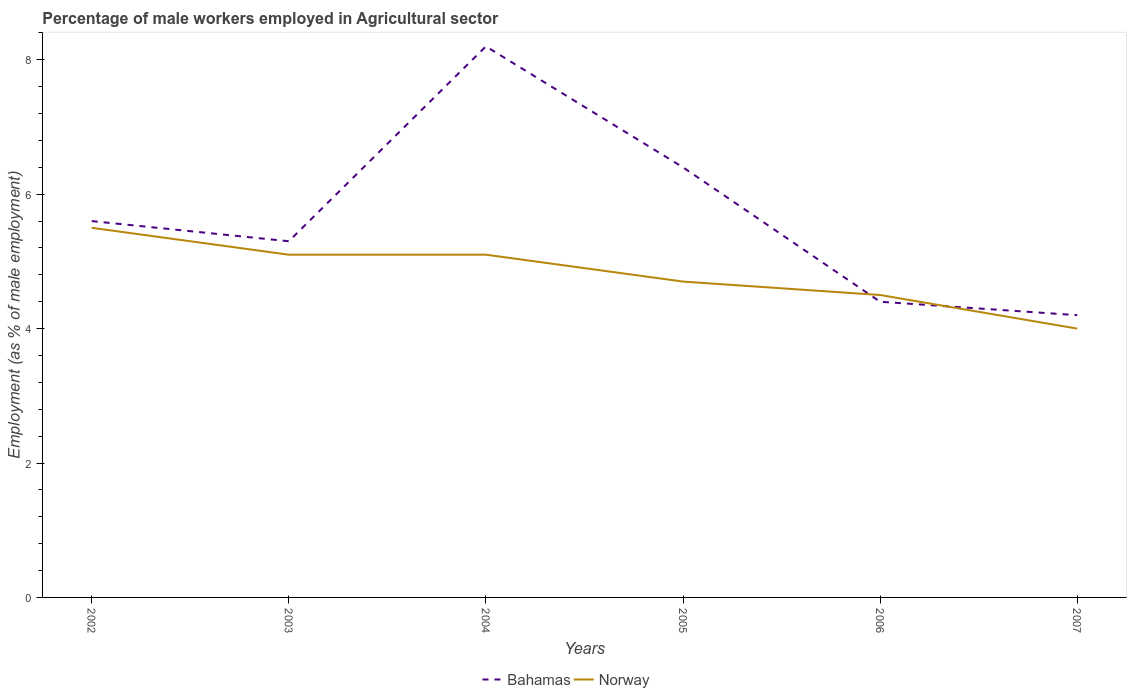
| Years | Bahamas | Norway |
 | --- | --- | --- |
 | 2002 | 5.6 | 5.5 |
 | 2003 | 5.3 | 5.1 |
 | 2004 | 8.2 | 5.1 |
 | 2005 | 6.4 | 4.7 |
 | 2006 | 4.4 | 4.5 |
 | 2007 | 4.2 | 4 |